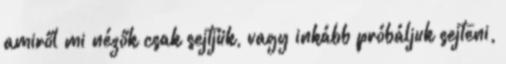
amiről mi nézők csak sejtjük, vagy inkább próbáljuk sejteni,